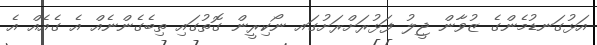
އަޅުގަނޑުމެންގެ ޒުވާން ޖީލު ފަޅުރަށްރަށުގައ ނޯކިރީން ގޮތުގައި ތިބެގެންނެއް އެ ގެއެއް އެ